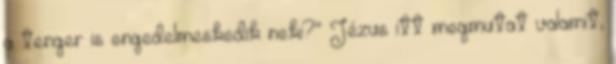
a tenger is engedelmeskedik neki?” Jézus itt megmutat valamit,